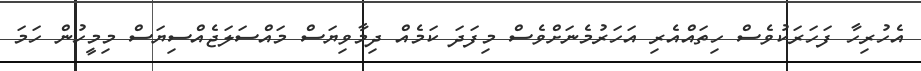
އެހުރިހާ ފަހަރަކުވެސް ހިތައްއެރި އަހަރުމެނަށްވެސް މިފަދަ ކަމެއް ދިމާވިޔަސް މައްސަލަޖެއްސިޔަސް މިމީހުން ހަމަ